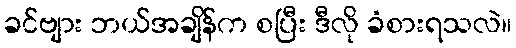
ခင်ဗျား ဘယ်အချိန်က စပြီး ဒီလို ခံစားရသလဲ။